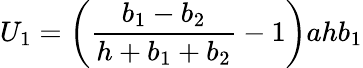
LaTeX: U_{1}=\left(\frac{b_{1}-b_{2}}{h+b_{1}+b_{2}}-1\right)ahb_{1}